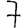
Digit: 7